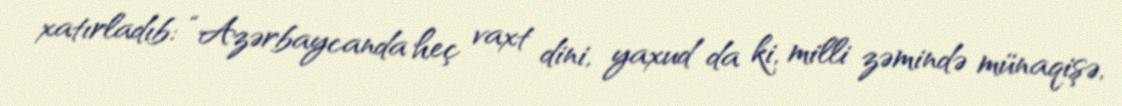
xatırladıb: “Azərbaycanda heç vaxt dini, yaxud da ki, milli zəmində münaqişə,